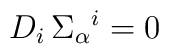
D_i\,\Sigma_\alpha{}^i = 0\,